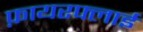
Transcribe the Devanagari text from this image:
फ़ायरफ्लाई